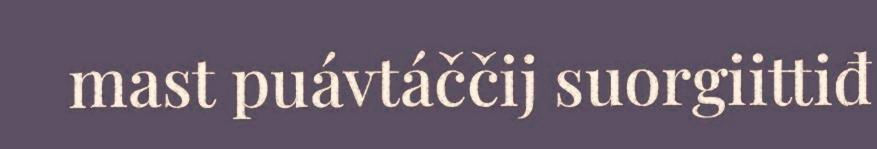
mast puávtáččij suorgiittiđ